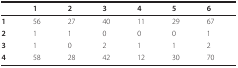
|  | 1 | 2 | 3 | 4 | 5 | 6 |
 | --- | --- | --- | --- | --- | --- | --- |
 | 1 | 56 | 27 | 40 | 11 | 29 | 67 |
 | 2 | 1 | 1 | 0 | 0 | 0 | 1 |
 | 3 | 1 | 0 | 2 | 1 | 1 | 2 |
 | 4 | 58 | 28 | 42 | 12 | 30 | 70 |